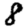
Digit: 8